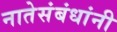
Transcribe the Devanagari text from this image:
नातेसंबंधांनी